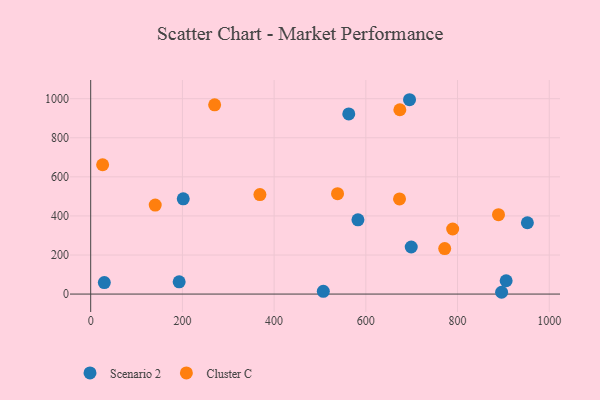
{"axis": {"x": "Study Hours", "y": "Fuel Efficiency"}, "legend": ["Cluster C", "Scenario 2"], "data": [{"x": "29.7", "y": 58.8, "type": "Scenario 2"}, {"x": "952.3", "y": 365.1, "type": "Scenario 2"}, {"x": "562.8", "y": 922.1, "type": "Scenario 2"}, {"x": "896.1", "y": 9.2, "type": "Scenario 2"}, {"x": "906.0", "y": 68.2, "type": "Scenario 2"}, {"x": "695.3", "y": 994.8, "type": "Scenario 2"}, {"x": "507.3", "y": 14.0, "type": "Scenario 2"}, {"x": "201.8", "y": 487.5, "type": "Scenario 2"}, {"x": "699.0", "y": 241.0, "type": "Scenario 2"}, {"x": "582.8", "y": 380.1, "type": "Scenario 2"}, {"x": "192.9", "y": 62.9, "type": "Scenario 2"}, {"x": "674.2", "y": 943.5, "type": "Cluster C"}, {"x": "270.3", "y": 968.6, "type": "Cluster C"}, {"x": "889.3", "y": 406.2, "type": "Cluster C"}, {"x": "538.3", "y": 513.8, "type": "Cluster C"}, {"x": "772.0", "y": 233.0, "type": "Cluster C"}, {"x": "140.7", "y": 455.8, "type": "Cluster C"}, {"x": "673.5", "y": 487.1, "type": "Cluster C"}, {"x": "26.0", "y": 662.0, "type": "Cluster C"}, {"x": "369.0", "y": 509.3, "type": "Cluster C"}, {"x": "789.4", "y": 333.0, "type": "Cluster C"}]}